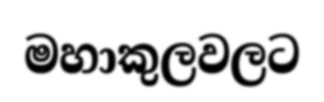
මහාකුලවලට